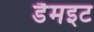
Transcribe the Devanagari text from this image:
डैमइट